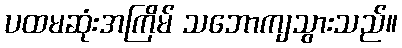
ပထမဆုံးအကြိမ် သဘောကျသွားသည်။